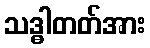
သဒ္ဓါတတ်အား